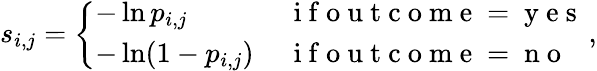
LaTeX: s_{i,j}=\left\{ \begin{array}{ll}{-\ln p_{i,j}\, }&{\mathrm{~i~f~o~u~t~c~o~m~e~}=\mathrm{~y~e~s~}}\\ {-\ln(1-p_{i,j})\, }&{\mathrm{~i~f~o~u~t~c~o~m~e~}=\mathrm{~n~o~}}\end{array}\right.\, ,